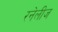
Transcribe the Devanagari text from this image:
रनेलीज